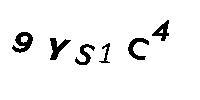
9YS1C4